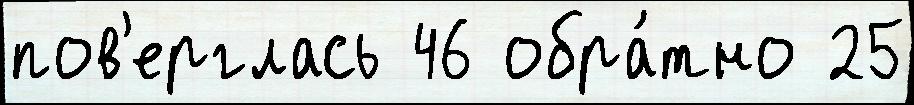
пов'ерглась 46 обра́тно 25